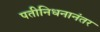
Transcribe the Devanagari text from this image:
पतीनिधनानंतर